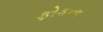
ફોકના